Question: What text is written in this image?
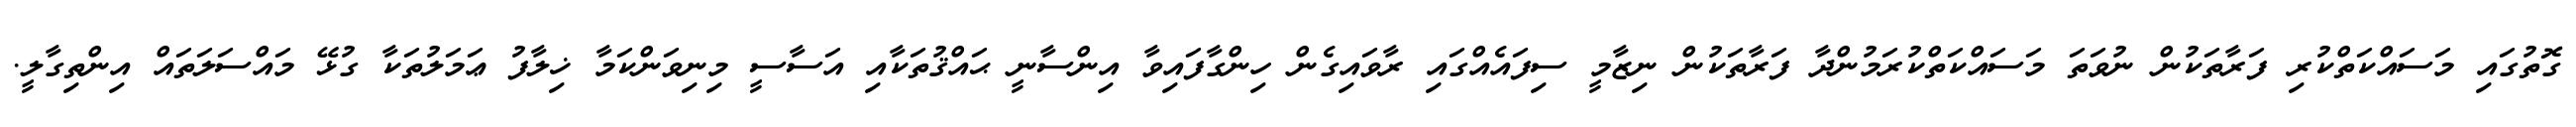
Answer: ގޮތުގައި މަސައްކަތްކުރި ފަރާތަކުން ނުވަތަ މަސައްކަތްކުރަމުންދާ ފަރާތަކުން ނިޒާމީ ސިފައެއްގައި ރާވައިގެން ހިންގާފައިވާ އިންސާނީ ޙައްޤުތަކާއި އަސާސީ މިނިވަންކަމާ ޚިލާފު ޢަމަލުތަކާ ގުޅޭ މައްސަލަތައް އިންތިގާލީ.